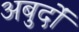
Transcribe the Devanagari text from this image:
अबुर्दों